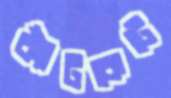
ক্যাঁটকেটে